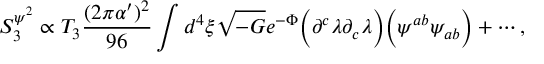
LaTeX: S _ { 3 } ^ { \psi ^ { 2 } } \propto T _ { 3 } { \frac { ( 2 \pi \alpha ^ { \prime } ) ^ { 2 } } { 9 6 } } \int d ^ { 4 } \xi \sqrt { - G } e ^ { - \Phi } \Big ( \partial ^ { c } \lambda \partial _ { c } \lambda \Big ) \Big ( \psi ^ { a b } \psi _ { a b } \Big ) + \cdots ,